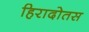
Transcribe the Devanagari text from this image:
हिरादोतस